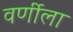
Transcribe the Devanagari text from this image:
वर्णीला